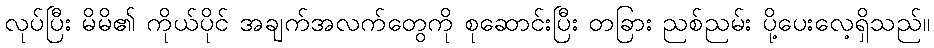
လုပ်ပြီး မိမိ၏ ကိုယ်ပိုင် အချက်အလက်တွေကို စုဆောင်းပြီး တခြား ညစ်ညမ်း ပို့ပေးလေ့ရှိသည်။